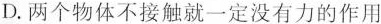
D.两个物体不接触就一定没有力的作用